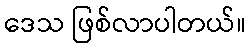
ဒေသ ဖြစ်လာပါတယ်။